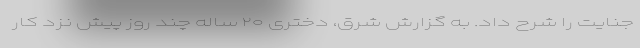
جنایت را شرح داد. به گزارش شرق، دختری ۲۰ ساله چند روز پیش نزد کار